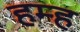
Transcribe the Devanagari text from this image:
हम्ह